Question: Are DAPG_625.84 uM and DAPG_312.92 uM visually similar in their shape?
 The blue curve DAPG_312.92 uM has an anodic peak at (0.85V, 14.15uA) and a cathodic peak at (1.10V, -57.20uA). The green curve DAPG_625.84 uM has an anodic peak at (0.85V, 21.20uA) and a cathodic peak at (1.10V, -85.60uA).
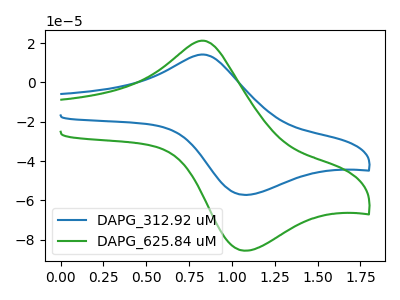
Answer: <think>All the peaks in "DAPG_625.84 uM" have a peak in "DAPG_312.92 uM" at the same potential. Every peak in "DAPG_625.84 uM" is higher than every peak in "DAPG_312.92 uM".
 </think>
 <answer>"DAPG_625.84 uM" and "DAPG_312.92 uM" are similar in shape.</answer>
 <eval>same_shape</eval>